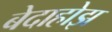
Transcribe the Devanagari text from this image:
बेदाहोझ